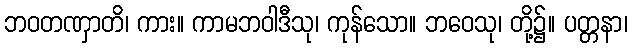
ဘဝတဏှာတိ၊ ကား။ ကာမဘဝါဒီသု၊ ကုန်သော။ ဘဝေသု၊ တို့၌။ ပတ္တနာ၊